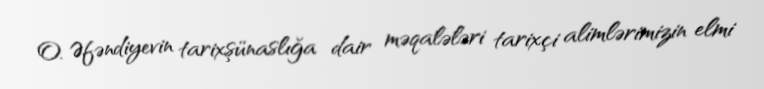
O. Əfəndiyevin tarixşünaslığa dair məqalələri tarixçi alimlərimizin elmi